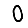
Digit: 0